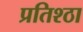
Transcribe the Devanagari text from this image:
प्रतिश्ठा